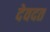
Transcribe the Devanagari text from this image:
देवदत